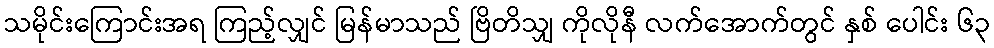
သမိုင်းကြောင်းအရ ကြည့်လျှင် မြန်မာသည် ဗြိတိသျှ ကိုလိုနီ လက်အောက်တွင် နှစ် ပေါင်း ၆၃